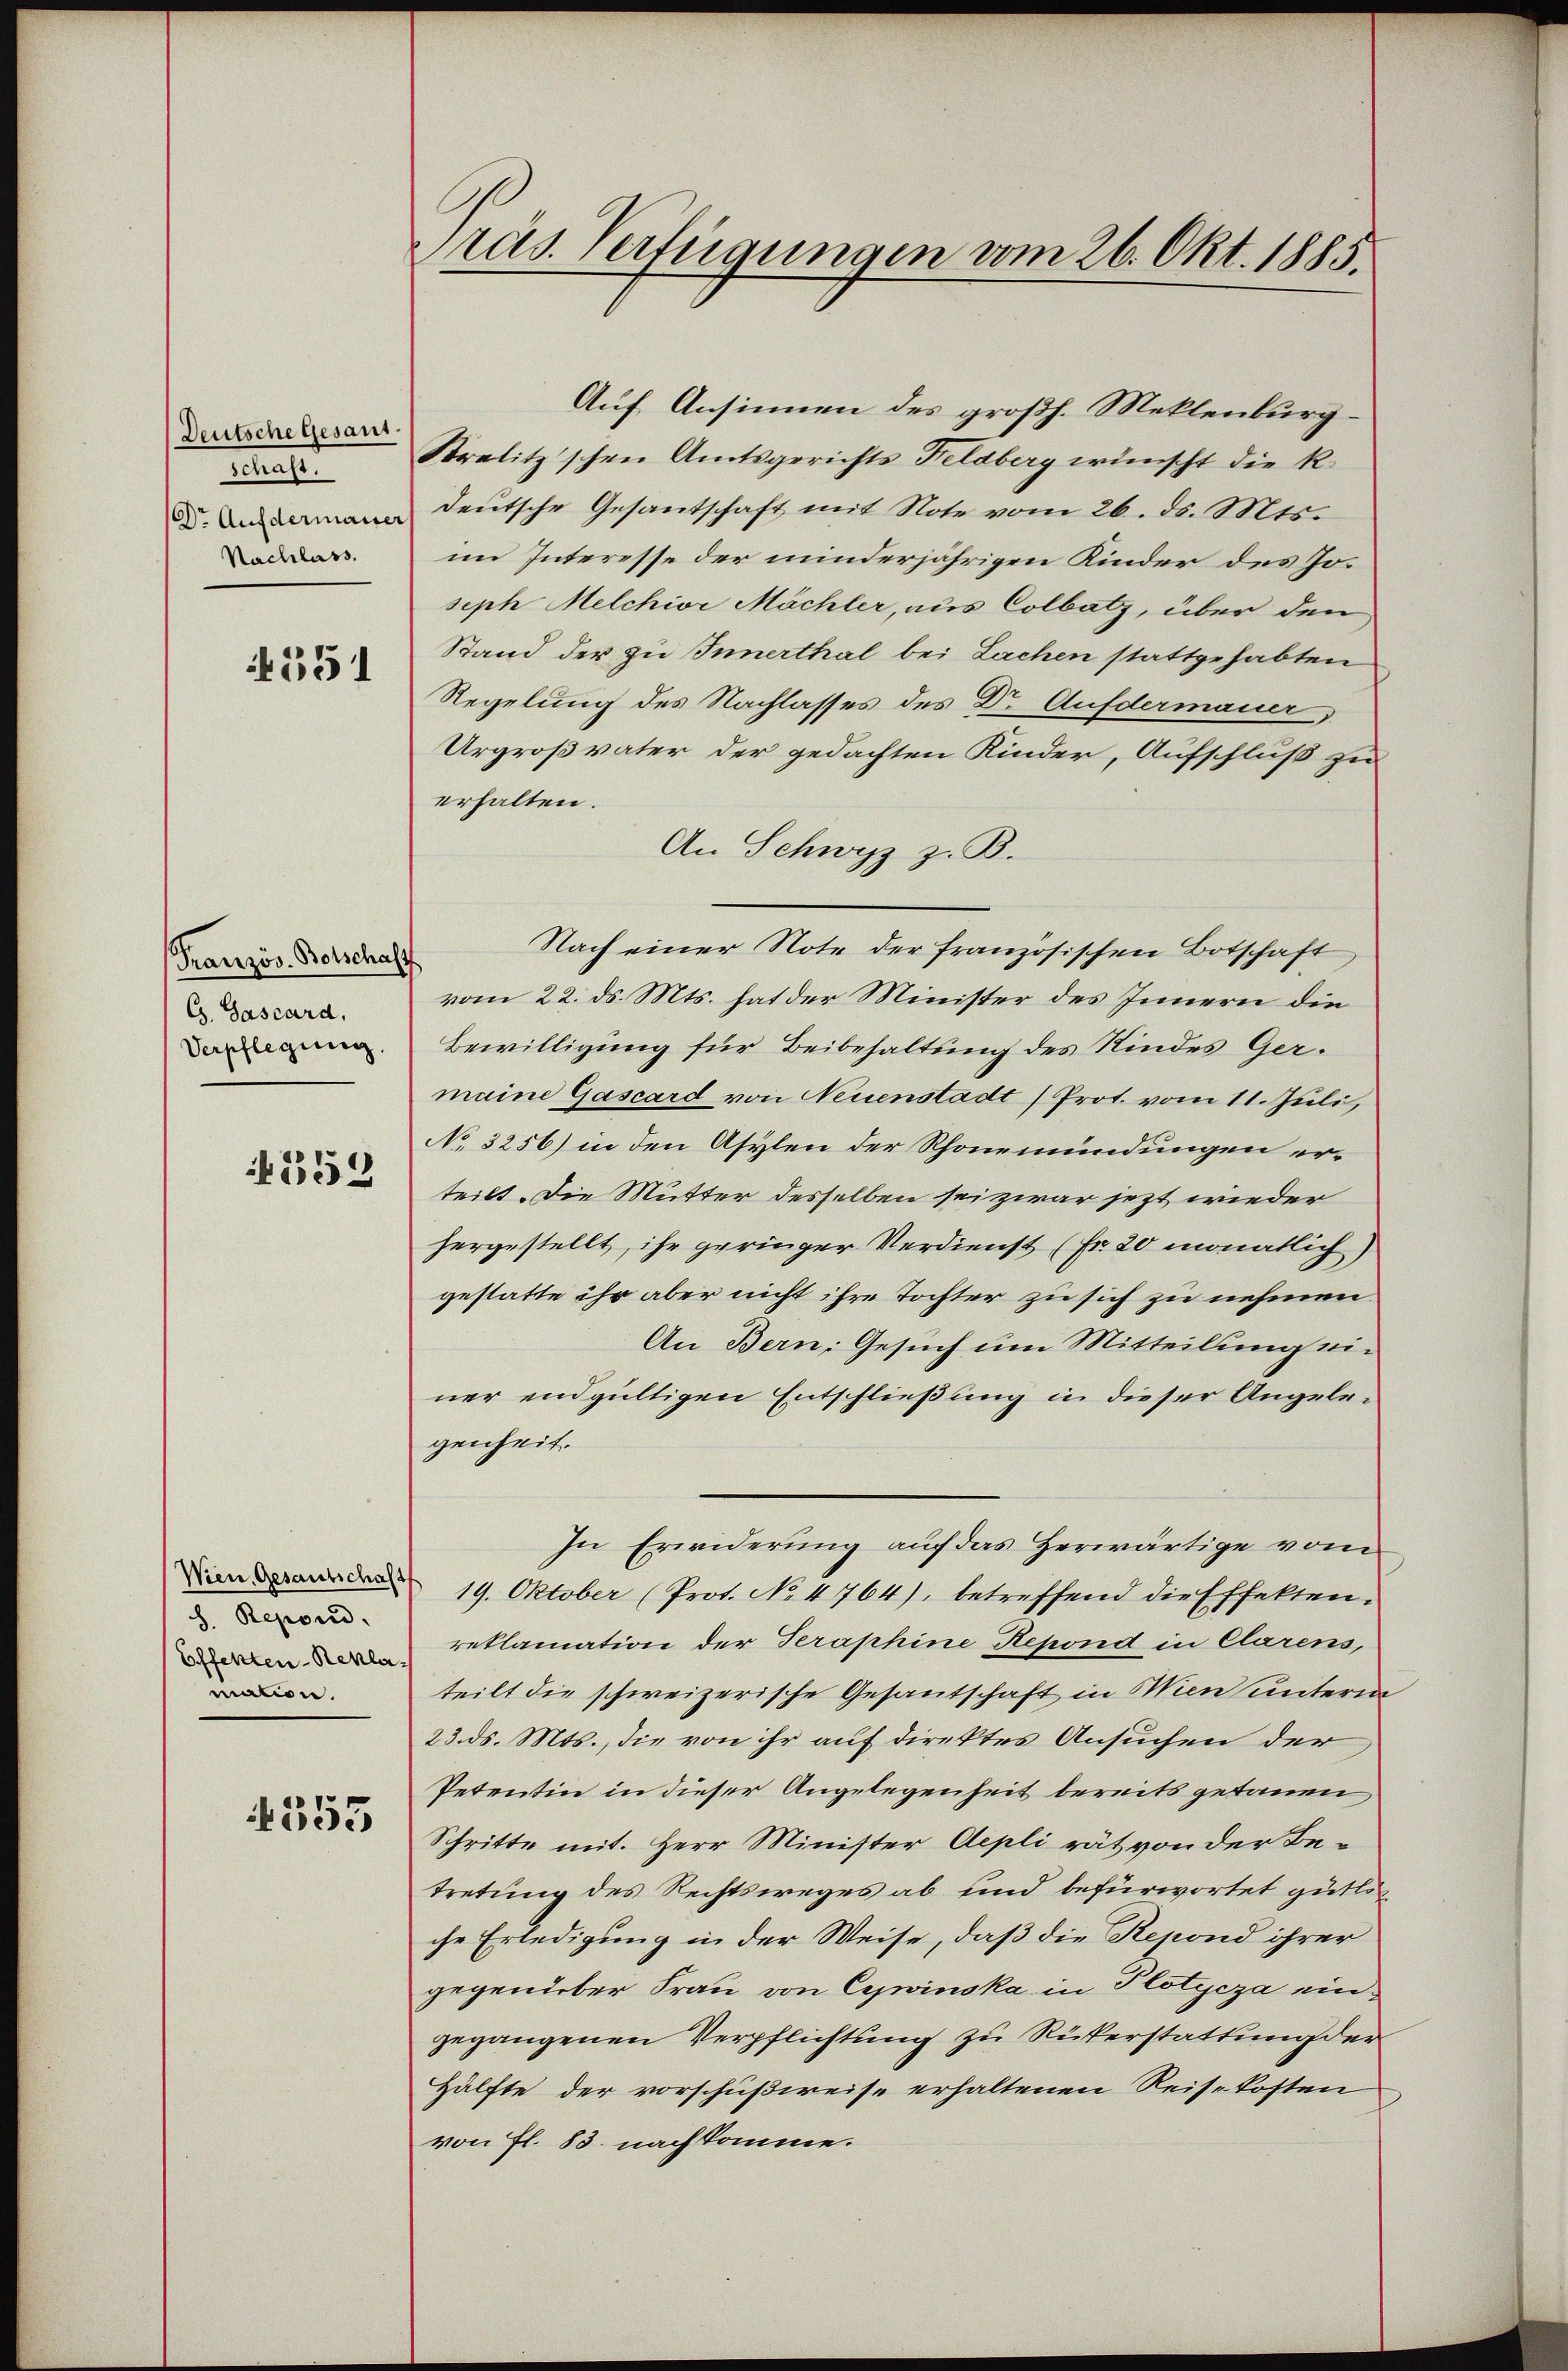
Deutsche Gesant.
schaft.
Dr. Aufdermauer
Nachlass.

4551

Französ. Botschaff
G. Gascard,
Verpflegung.

552

Wien, Gesantschaft
h. Repoud.
Effekten-Reklamation.

4353

Präs. Verfügungen vom 26. Okt. 1885.

Auf Ansinnen des großh. Meklenburg
Strelitzschen Amtsgerichts Feldberg wünscht die k.
deutsche Gesantschaft mit Note vom 26. ds. Mts.
im Interesse der minderjährigen Kinder des Joseph Melchior Mächler, aus Colbatz, über den
Stand der zu Innerthal bei Lachen stattgehabten
Regelung des Nachlasses des Dr. Aufdermauer
Urgroßvater der gedachten Kinder, Aufschluß zu
erhalten.
An Schwyz z. B.
Nach einer Note der französischen Botschaft
vom 22. ds. Mts. hat der Minister des Innern die
Bewilligung für Beibehaltung des Kindes Germaine Gascard von Neuenstadt (Prot. vom 11. Juli
No 3256) in den Asylen der Rhonemündungen erteilt. Die Mutter desselben sei zwar jezt wieder
hergestellt, ihr geringer Verdienst (Fr. 20 monatlich
gestatte ihr aber nicht ihre Tochter zu sich zu nehmen
An Bern: Gesuch um Mitteilung einer endgültigen Entschließung in dieser Angelegenheit.
In Erwiderung auf das Herwärtige vom
19. Oktober (Prot. No 4764), betreffend die Effekten.
reklamation der Teraphine Repond in Clarens,
teilt die schweizerische Gesandschaft in Wien unterm
23. ds. Mts., die von ihr auf direktes Ansuchen der
Petentin in dieser Angelegenheit bereits getauen
Schritte mit. Herr Minister Aepli rät von der Be-
tretung des Rechtsweges ab und befürwortet gütliche Erledigung in der Weise, daß die Repond ihrer
gegendeber Frau von Civinska in Plotycza eingegangenen Verpflichtung zu Rükerstattung der
Hälfte der vorschußweise erhaltenen Reisekosten
von fl. 83. nachkomme.